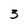
Character: 3